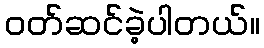
ဝတ်ဆင်ခဲ့ပါတယ်။